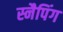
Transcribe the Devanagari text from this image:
स्नैपिंग